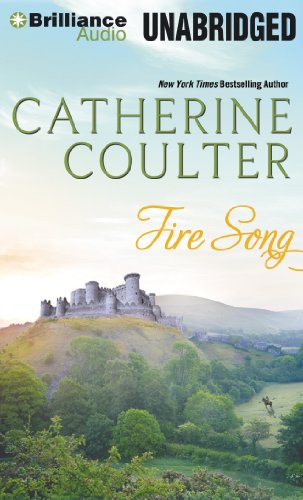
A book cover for Fire Song (Medieval Song Series); Catherine Coulter; Romance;